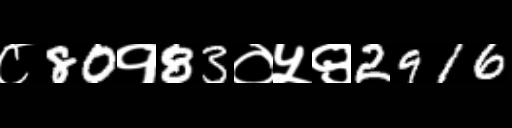
Text: ८80१83०५९2916